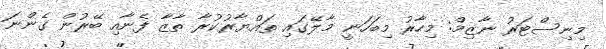
މިނިސްޓަރު ނާޒިމް: މިހާރު މިބަހަނީ މާލޭގައި ތައްޔާރުކުރާ ތާޒާ ފެނާއި ބޭރުން ގެންނަ